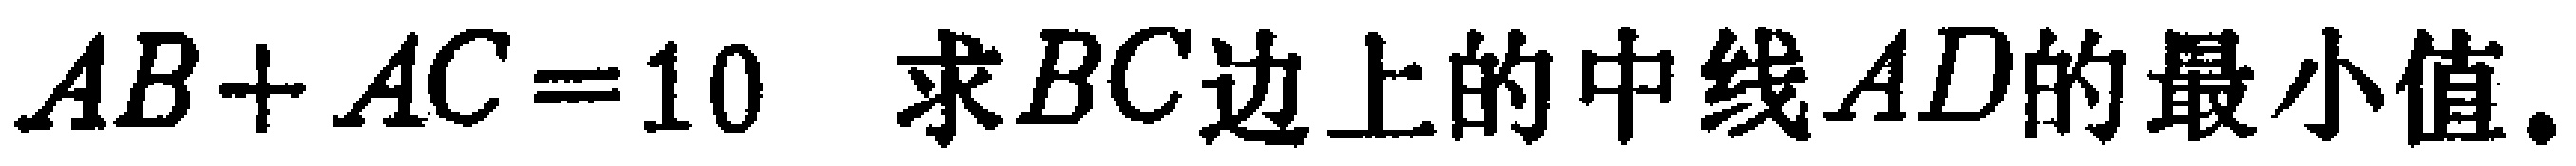
$AB + AC = 10\ 求BC边上的中线AD的最小值.$